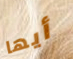
أيها